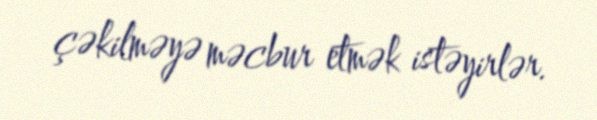
çəkilməyə məcbur etmək istəyirlər.